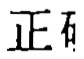
正石